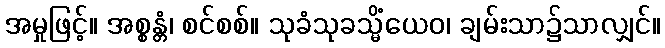
အမှုဖြင့်။ အစ္စန္တံ၊ စင်စစ်။ သုခံသုခသ္မိံယေဝ၊ ချမ်းသာ၌သာလျှင်။